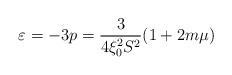
\begin{align*}\varepsilon =-3p=\frac{3}{4\xi _{0}^{2}S^{2}}(1+2m\mu ) \end{align*}